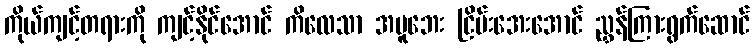
ကိုယ်ကျင့်တရားကို ကျင့်နိုင်အောင် ကိလေသာ အပူဘေး ငြိမ်းအေးအောင် ညွှန်ကြားရွက်ဆောင်